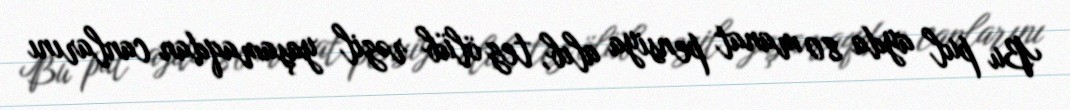
Bu pul ayda 80 manat pensiya alıb, tez ölüb rəzil yaşamaqdan canlarını